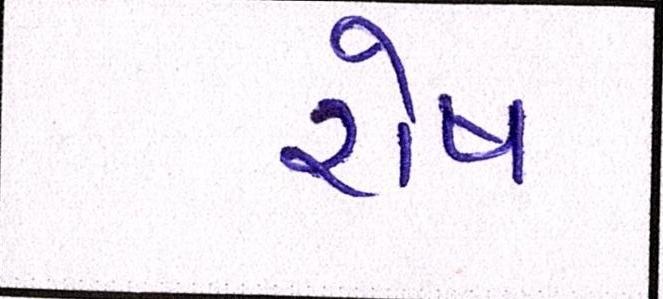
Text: રોષ